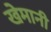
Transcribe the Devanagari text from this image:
खेमानी